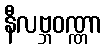
နီလဗ္ဘဝဏ္ဏာ